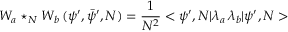
{ \cal W } _ { a } \star _ { N } { \cal W } _ { b } \, ( \psi ^ { \prime } , \bar { \psi } ^ { \prime } , N ) = \frac { 1 } { N ^ { 2 } } < \psi ^ { \prime } , N | \lambda _ { a } \, \lambda _ { b } | \psi ^ { \prime } , N >